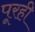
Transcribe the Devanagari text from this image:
पूरही